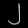
Digit: ၂